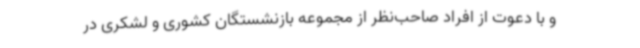
و با دعوت از افراد صاحب‌نظر از مجموعه بازنشستگان کشوری و لشکری در